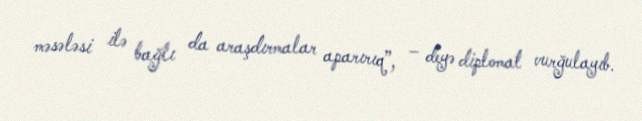
məsələsi ilə bağlı da araşdırmalar aparırıq”, – deyə diplomat vurğulayıb.